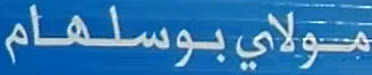
مولايبوسلهام